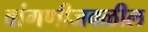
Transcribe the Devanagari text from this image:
वांगणीजवळील